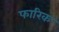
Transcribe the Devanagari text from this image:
फारिक